Sketch of the medical history of the native army of Bombay, for the year
Year: 1875
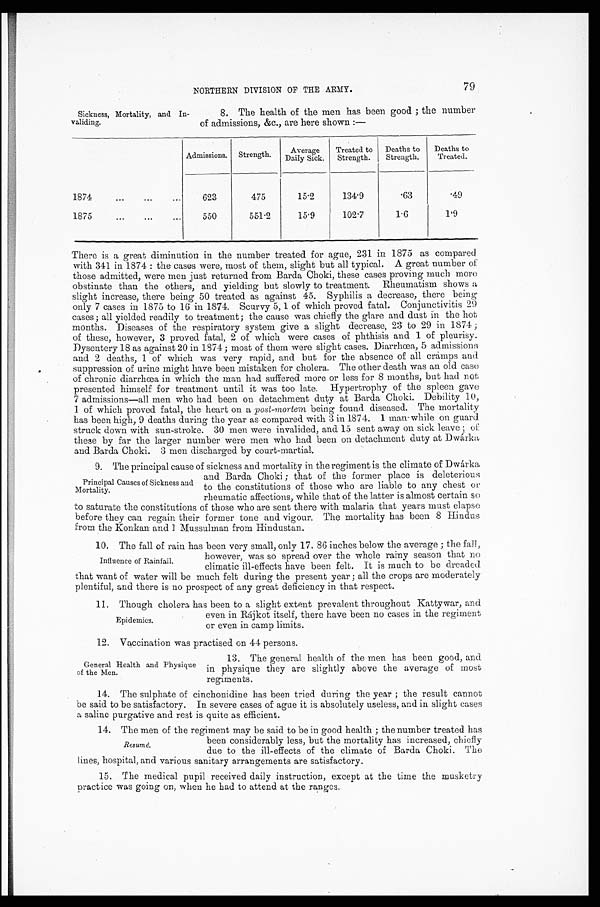
NORTHERN DIVISION OF THE ARMY.
79
Sickness, Mortality, and In
-validing.
8. The health of the men has been good; the number
of admissions, &c., are here shown:—
Admissions. Strength.
Average
Daily Sick.
Treated to
Strength.
Deaths to
Strength.
Deaths to
Treated.
1874
623
475
15·2
134·9
·63
·49
1875
550
551·2
15·9
102·7
1·6
1·9
There is a great diminution in the number treated for ague, 231 in 1875 as compared
with 341 in 1874: the cases were, most of them, slight but all typical. A great number of
those admitted, were men just returned from Barda Choki, these cases proving much more
obstinate than the others, and yielding but slowly to treatment. Rheumatism shows a
slight increase, there being 50 treated as against 45. Syphilis a decrease, there being
only 7 cases in 1875 to 16 in 1874. Scurvy 5, 1 of which proved fatal. Conjunctivitis 29
cases; all yielded readily to treatment; the cause was chiefly the glare and dust in the hot
months. Diseases of the respiratory system give a slight decrease, 23 to 29 in 1874
; of these, however, 3 proved fatal, 2 of which were cases of phthisis and 1 of pleurisy.
Dysentery 18 as against 20 in 1874; most of them were slight cases. Diarrhœa, 5 admissions
and 2 deaths, 1 of which was very rapid, and but for the absence of all cramps and
suppression of urine might have been mistaken for cholera. The other death was an old case
of chronic diarrhœa in which the man had suffered more or less for 8 months, but had not
presented himself for treatment until it was too late. Hypertrophy of the spleen gave
7 admissions—all men who had been on detachment duty at Barda Choki. Debility 10,
1 of which proved fatal, the heart on a post-mortem being found diseased. The mortality
has been high, 9 deaths during the year as compared with 3 in 1874. 1 man-while on guard
struck down with sun-stroke. 30 men were invalided, and 15 sent away on sick leave; of
these by far the larger number were men who had been on detachment duty at Dwárka
and Barda Choki. 3 men discharged by court-martial.
9. The principal cause of sickness and mortality in the regiment is the climate of Dwárka
and Barda Choki; that of the former place is deleterious
to the constitutions of those who are liable to any chest or
rheumatic affections, while that of the latter is almost certain so
to saturate the constitutions of those who are sent there with malaria that years must elapse
before they can regain their former tone and vigour. The mortality has been 8 Hindus
from the Konkan and 1 Mussulman from Hindustan.
10. The fall of rain has been very small, only 17. 86 inches below the average; the fall,
however, was so spread over the whole rainy season that no
climatic ill-effects have been felt. It is much to be dreaded
that want of water will be much felt during the present year; all the crops are moderately
plentiful, and there is no prospect of any great deficiency in that respect.
11. Though cholera has been to a slight extent prevalent throughout Kattywar, and
even in Rájkot itself, there have been no cases in the regiment
or even in camp limits.
12. Vaccination was practised on 44 persons.
Principal Causes of Sickness and
Mortality.
Influence of Rainfall.
Epidemics.
General Health and Physique
of the Men.
13. The general health of the men has been good, and
in physique they are slightly above the average of most
regiments.
14. The sulphate of cinchonidine has been tried during the year; the result cannot
be said to be satisfactory. In severe cases of ague it is absolutely useless, and in slight cases
a saline purgative and rest is quite as efficient.
14. The men of the regiment may be said to be in good health; the number treated has
been considerably less, but the mortality has increased, chiefly-
due to the ill-effects of the climate of Barda Choki. The
lines, hospital, and various sanitary arrangements are satisfactory.
15. The medical pupil received daily instruction, except at the time the musketry
Practice was going on, when he had to attend at the ranges.
Resumé.